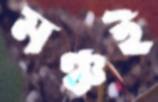
মঞ্চই